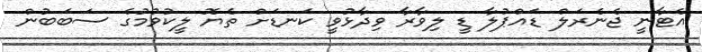
އެޓާނީ ޖެނެރަލް ޑައްޕުލާ ޑީ ލިވާރާ ވިދާޅުވީ ކަނޑަށް ތެޔޮ ލީކުވުމުގެ ސަބަބުން